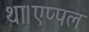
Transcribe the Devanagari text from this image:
था।एप्पल